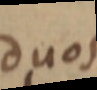
duos